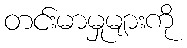
တင်းမာမှုများကို